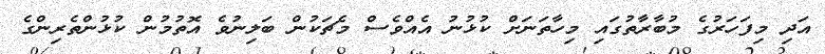
އަދި މިފަހަރުގެ މުބާރާތުގައި މިހާތަނަށް ކުޅުނު އެއްވެސް މެޗަކުން ބަލިނުވެ އޮތުމުން ކުޅުންތެރިންގެ